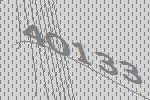
40133